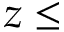
z \leq